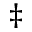
\ddagger